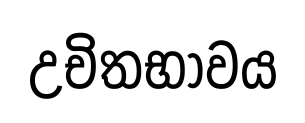
උචිතභාවය